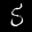
Label: 5